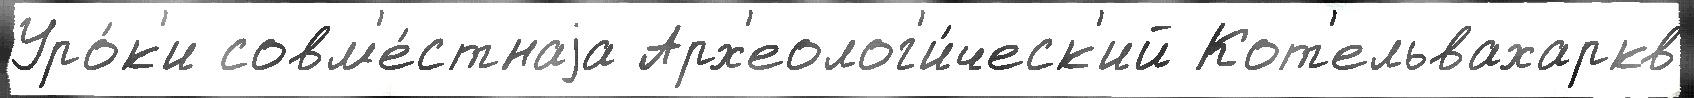
Уро́к'и совм'е́стнаjа Арх'еолог'и́ческ'ий Кот'ельвахаркв